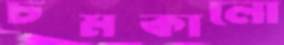
চমকালো